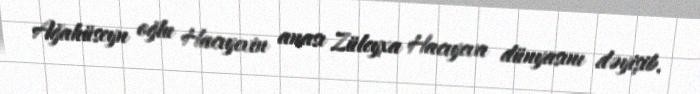
Ağahüseyn oğlu Hacıyevin anası Züleyxa Hacıyeva dünyasını dəyişib.